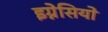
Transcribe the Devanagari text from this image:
इग्नेसियो